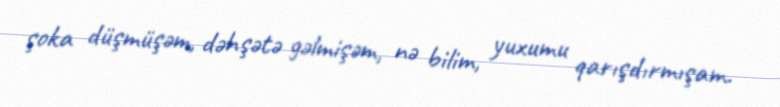
şoka düşmüşəm, dəhşətə gəlmişəm, nə bilim, yuxumu qarışdırmışam.